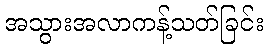
အသွားအလာကန့်သတ်ခြင်း